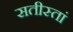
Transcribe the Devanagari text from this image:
सतीस्तां